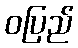
ဝပြည်